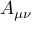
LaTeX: A _ { \mu \nu }